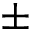
\pm